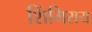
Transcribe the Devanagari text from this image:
शिंगिराय